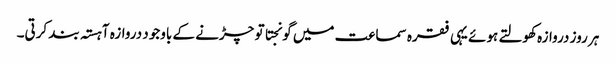
ہر روز دروازہ کھولتے ہوئے یہی فقرہ سماعت میں گونجتا تو چڑنے کے باوجود دروازہ آہستہ بند کرتی۔